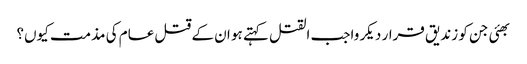
بھئی جن کو زندیق قرار دیکر واجب القتل کہتے ہو ان کے قتل عام کی مذمت کیوں؟